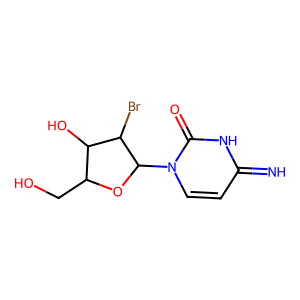
SMILES: N=c1ccn(C2OC(CO)C(O)C2Br)c(=O)[nH]1
Inhibits HIV replication: No